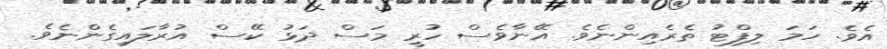
އެވެ. ހަމަ ލިފްޓު ތެރެއިންނެވެ. އޭނާވެސް ހުރީ މަސް ދަޅު ކޭސް އުރާލައިގެންނެވެ.